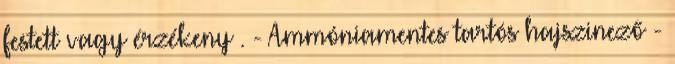
festett vagy érzékeny . - Ammóniamentes tartós hajszinező -